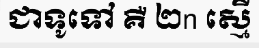
ជាទូទៅ គឺ ២n ស្មើ